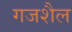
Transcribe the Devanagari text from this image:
गजशैल